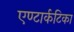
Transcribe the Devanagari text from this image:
एण्टार्कटिका